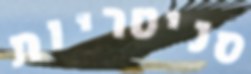
סניטריות